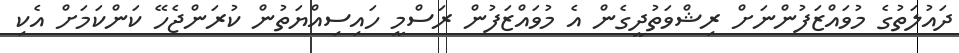
ދައުލަތުގެ މުވައްޒަފުންނަށް ރިޝްވަތުދީގެން އެ މުވައްޒަފުން ރަސްމީ ހައިސިއްޔަތުން ކުރަންޖެހޭ ކަންކަމަށް އެކި